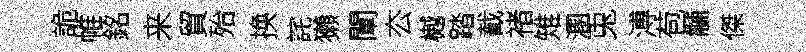
詭帷銘来貿殆换詫獺闡厺樾踏截褚雉溷兎溥苞黼傑